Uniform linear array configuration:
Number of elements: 16
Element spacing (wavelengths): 0.25
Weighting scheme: exponential
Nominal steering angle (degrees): -60
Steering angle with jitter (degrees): -59.694
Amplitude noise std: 0.05
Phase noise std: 0.05

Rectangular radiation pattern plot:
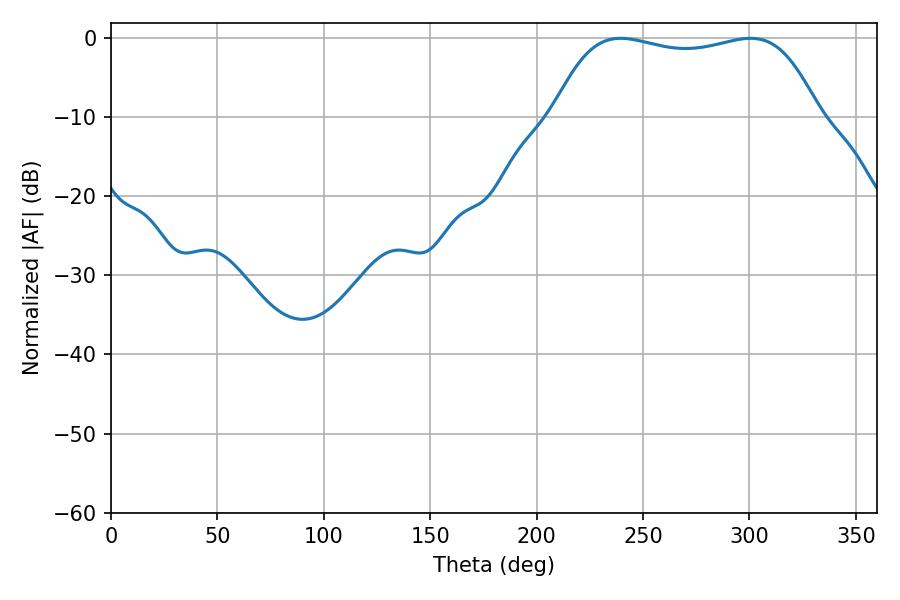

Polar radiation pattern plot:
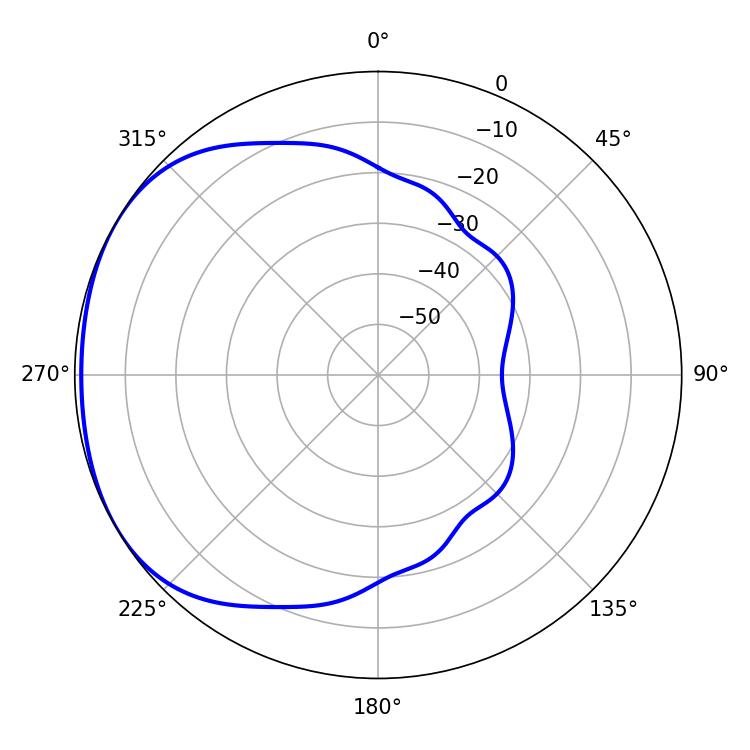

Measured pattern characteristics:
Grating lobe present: FALSE
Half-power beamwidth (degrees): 99.72
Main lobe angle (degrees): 239.4